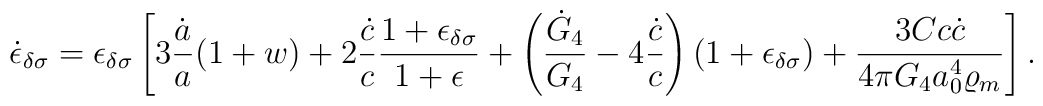
\dot{\epsilon}_{\delta\sigma}=\epsilon_{\delta\sigma}\left[3{\dot{a}\over a}(1+w)+2{\dot{c}\over c}{{1+\epsilon_{\delta\sigma}}\over{1+\epsilon}}+\left({\dot{G}_4\over G_4}-4{\dot{c}\over c}\right)(1+\epsilon_{\delta\sigma})+{{3Cc\dot{c}}\over{4\pi G_4a^4_0\varrho_m}}\right].